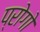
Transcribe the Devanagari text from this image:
प्रोगो